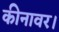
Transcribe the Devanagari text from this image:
कीनावर।